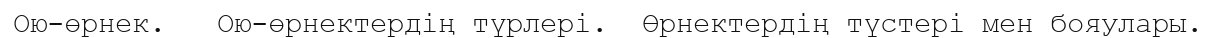
Ою-өрнек.   Ою-өрнектердің түрлері.  Өрнектердің түстері мен бояулары.